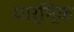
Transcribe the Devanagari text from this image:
धार्मि्क